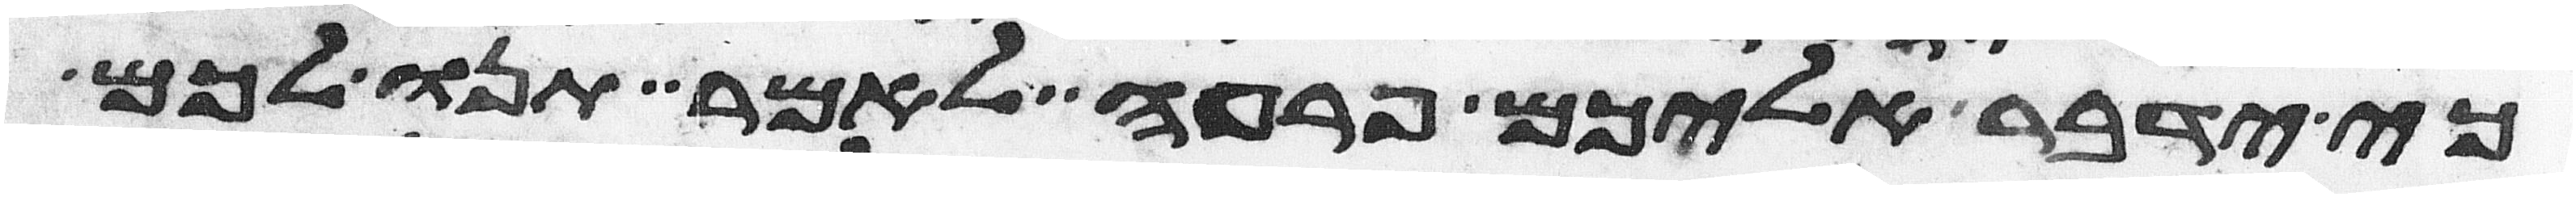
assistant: כי ידבר אליכם פרעה לאמר תנו לכם